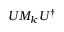
U M _ { k } U ^ { \dag }